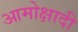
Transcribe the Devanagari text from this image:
आमोक्षादी